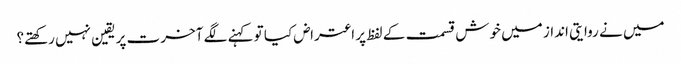
میں نے روایتی انداز میں خوش قسمت کے لفظ پر اعتراض کیا تو کہنے لگے آخرت پر یقین نہیں رکھتے؟